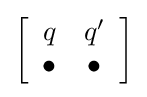
\left[{\begin{array}{*{20}c}q&{q'}\\\bullet &\bullet \end{array}}\right]